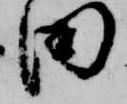
田